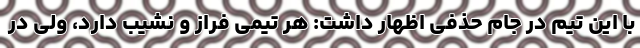
با این تیم در جام حذفی اظهار داشت: هر تیمی فراز و نشیب دارد، ولی در